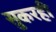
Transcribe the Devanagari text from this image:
सुकरही